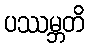
ပဿမ္ဘတိ